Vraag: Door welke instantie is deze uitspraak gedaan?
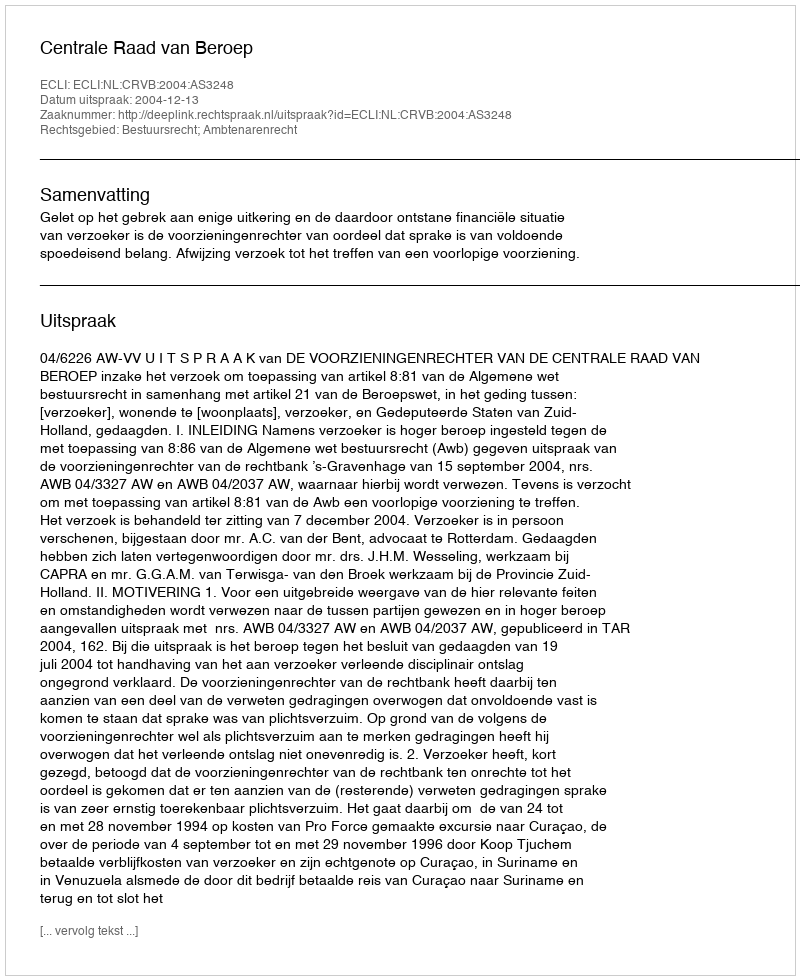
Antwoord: Centrale Raad van Beroep